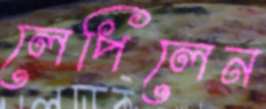
লেপিলেন